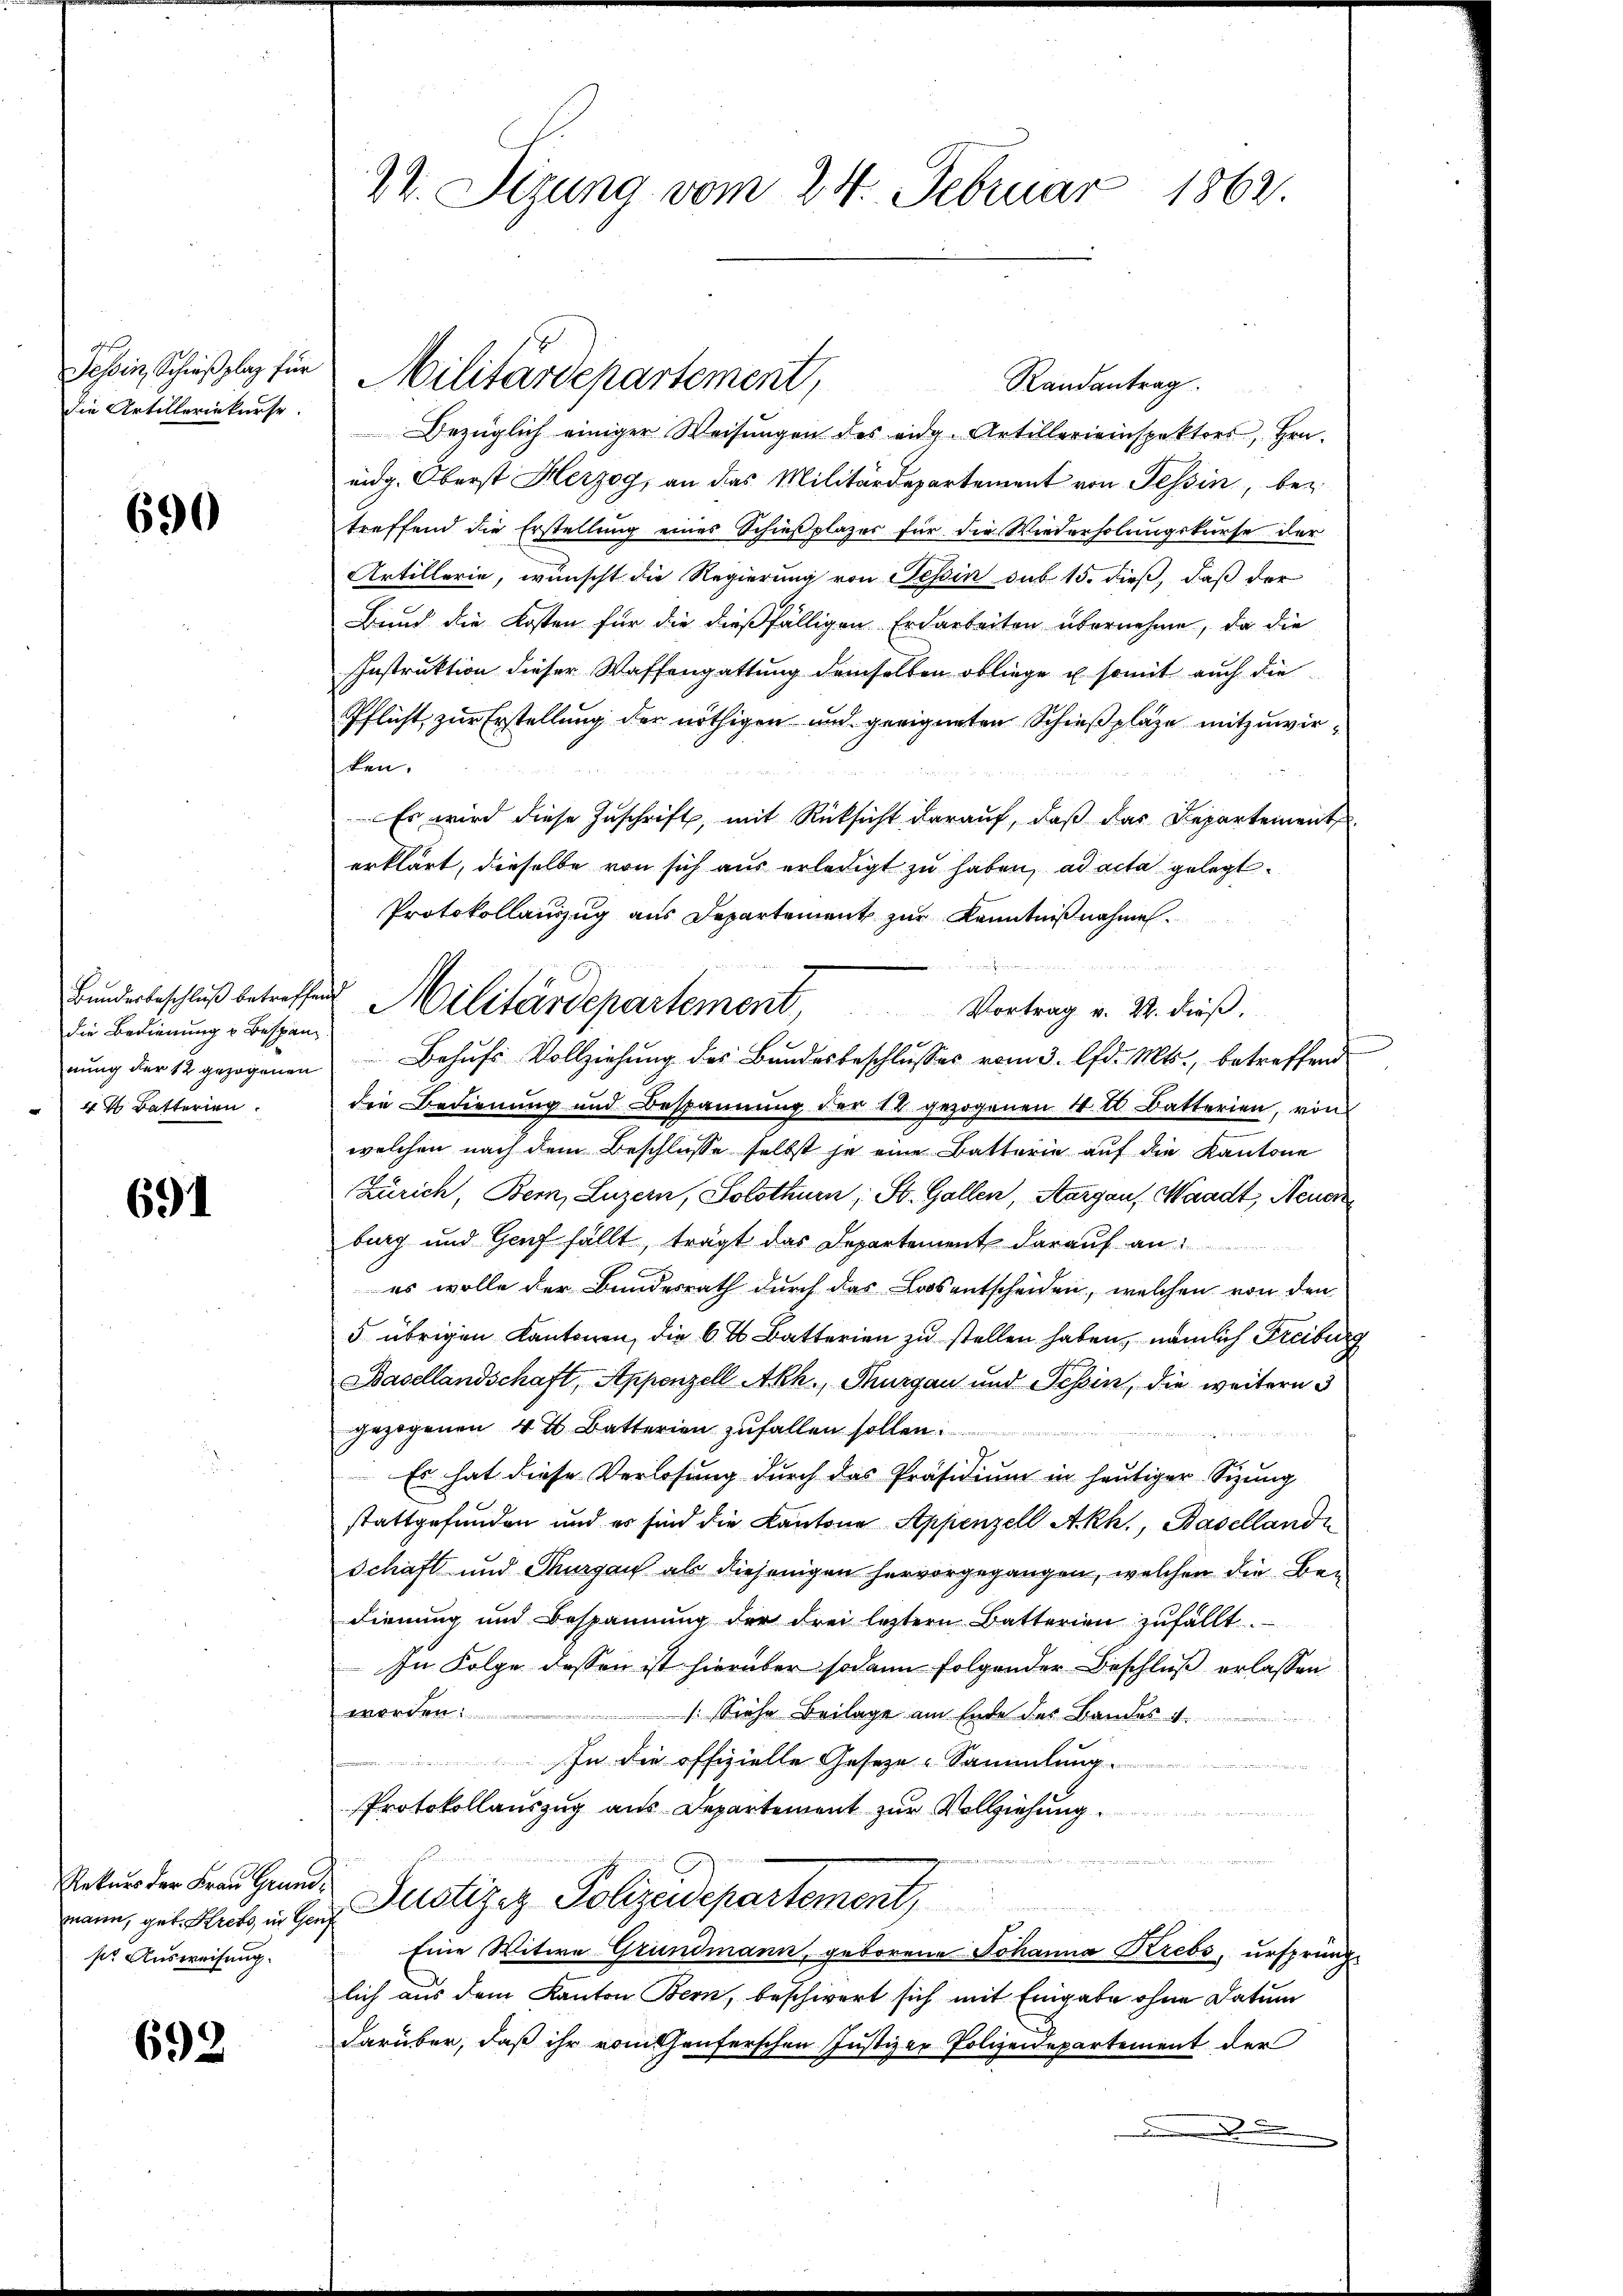
Tessin, Schießplaz für
die Artilleriekurse.

690

Bundesbeschluß betreffe
die Bedienung u Bespann
nung der 12 gezogenen
44 Batterien.

691

Rekurs der Frau Grundmann, geb. Krebs, in Gen
so Ausweisung.

692

22. Sitzung vom 24. Februar 1862

Randantrag.
Bezüglich einiger Weisungen des eidg. Artillerieinspektors, Hrn.
eidg. Oberst Herzog, an das Militärdepartement von Tessin, bei
treffend die Erstellung eines Schießplazer für die Wiederholungskurse der
Artillerie, wünscht die Regierung von Tessin sub 15. dieß, daß der
Bund die Kosten für die dießfälligen Erdarbeiten übernehme, da die
Instruktion dieser Waffengattung demselben obliege u. somit auch die
Pflicht, zur Erstellung der nöthigen und geeigneten Schießplaze mitzuwirken.
Es wird diese Zuschrift, mit Rücksicht darauf, daß das Departement
erklärt, dieselbe von sich aus erledigt zu haben, ad acta gelegt.
Protokollauszug aus Departement zur Kenntnißnahmen.
Vortrag v. 22. dieß.
Behufs Vollziehung des Bundesbeschlusses vom 3. lfd. Mts., betreffend
die Bedienung und Bespannung der 14 gezogenen 4 l. Batterien, von
welchen nach dem Beschlusse selbst je eine Batterin auf die Kantone
Zürich, Bern, Luzern, Solothurn, St. Gallen, Aargau, Waadt, Neuer
burg und Genf fällt, trägt das Departement darauf an:
es wolle der Bundesrath durch das Los entscheiden, welchen von den
5 übrigen Kantonen, die 6 % Batterien zu stellen haben, nämlich Freiburg
Basellandschaft, Appenzell Akh., Thurgau und Tessin, die weitern 3
gezogenen 4 % Batterien zufallen sollen.
 Es hat diese Verlosung durch das Präsidium in heutiger Sizung
stattgefunden und es sind die Kantone Appenzell A.Rh., Basellande
Schaft und Thurgau als diejenigen hervorgegangen, welchen die Bedienung und Bespannung der drei letztern Batterien zŭfällt.
In Folge dessen ist hierüber sodann folgender Beschluß erlassen
worden:
s: Siehe Beilage am Ende des Bandes 4.
In die offizielle Geseze-Sammlung.
Protokollauszug aus Departement zur Vollziehung

Justiziz Polizeidepartement,
Eine Witwe Grundmann, geborene Johanna Krebs, ursprüng-
lich aus dem Kanton Bern, beschwert sich mit Eingabe ohne Datum
darüber, daß ihr rothenferschen Justizer Polizeidepartement der
.

Militärdepartement,

1
2 Militärdepartement,